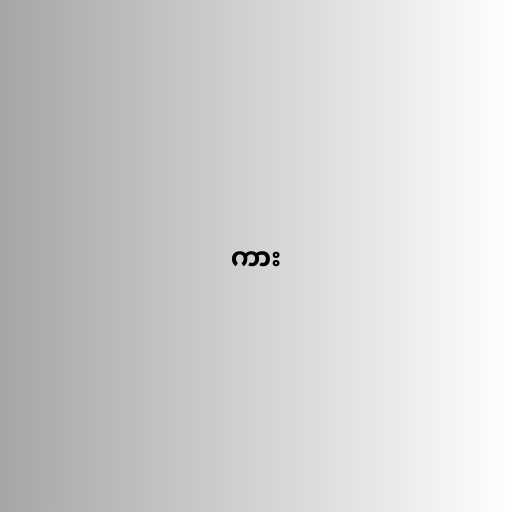
ကား